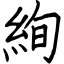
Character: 絢